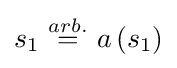
s_{1}~{\overset {arb.}{=}}~a\left(s_{1}\right)